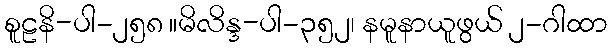
စူဠနိ-ပါ-၂၅၈ ။မိလိန္ဒ-ပါ-၃၅၂၊ နမူနာယူဖွယ် ၂-ဂါထာ